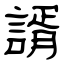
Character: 諝